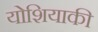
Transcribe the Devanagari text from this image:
योशियाकी